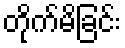
တိုက်မိခြင်း